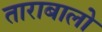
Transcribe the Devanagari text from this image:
ताराबालो